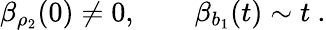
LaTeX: \beta_{\rho_{2}}(0)\not=0,\qquad\beta_{b_{1}}(t)\sim t\ .